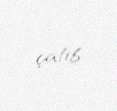
çatıb.